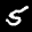
Label: 5